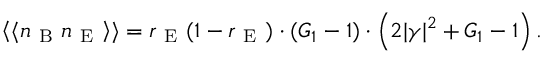
\left\langle \langle n _ { \mathrm { ~ B ~ } } n _ { \mathrm { ~ E ~ } } \right\rangle \rangle = r _ { \mathrm { ~ E ~ } } ( 1 - r _ { \mathrm { ~ E ~ } } ) \cdot ( G _ { 1 } - 1 ) \cdot \left( 2 | \gamma | ^ { 2 } + G _ { 1 } - 1 \right) .